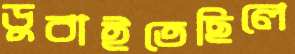
ডুবাইতেছিলে